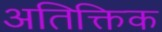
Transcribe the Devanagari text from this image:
अतिक्तिक